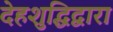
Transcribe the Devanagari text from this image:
देहशुद्धिद्वारा